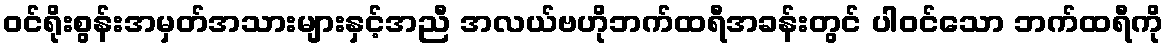
ဝင်ရိုးစွန်းအမှတ်အသားများနှင့်အညီ အလယ်ဗဟိုဘက်ထရီအခန်းတွင် ပါဝင်သော ဘက်ထရီကို